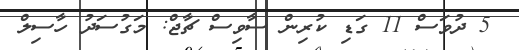
5 ދުވަސް 11 ގަޑި ކުރިން ސާވިސް ޗާޖް: މަގުސަދު ހާސިލް